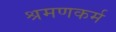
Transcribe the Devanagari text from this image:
श्रमणकर्म